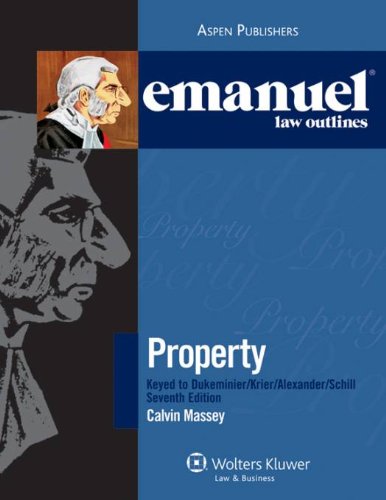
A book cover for Emanuel Law Outlines: Property Keyed to Dukeminier, Krier, Alexander & Schill, 7th Edition; Calvin R. Massey; Law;